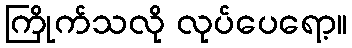
ကြိုက်သလို လုပ်ပေရော့။